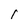
Character: 1